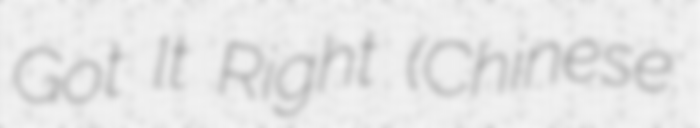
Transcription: Got It Right (Chinese: